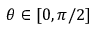
\theta \in [ 0 , \pi / 2 ]